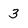
Character: 3